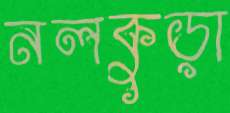
নলকুড়া